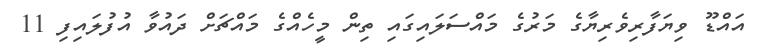
އައްޑޫ ވިޔަފާރިވެރިޔާގެ މަރުގެ މައްސަލައިގައި ތިން މީހެއްގެ މައްޗަށް ދައުވާ އުފުލައިފި 11